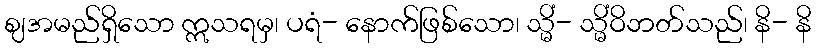
ဈအမည်ရှိသော ဣသရမှ၊ ပရံ- နောက်ဖြစ်သော၊ သ္မိံ- သ္မိံဝိဘတ်သည်၊ နိ- နိ